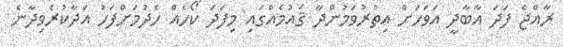
ރާއްޖެ ފަދަ އާބާދީ އަވަހަށް އިތުރުވަމުންދާ ޤައުމެއްގައި މިފަދަ ކޯހެއް ހެދުމަށްފަހު އަދާކުރެވިދާނެ